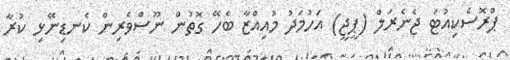
ޕްރޮސެކިއުޓަ ޖެނެރަލް (ޕީޖީ) އަހުމަދު މުއިއްޒާ ބެހޭ ގޮތުން ނޫސްވެރިން ކެނޑިނޭޅި ކުރާ